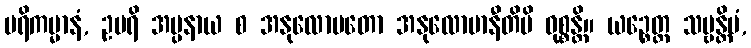
ပရိကမ္မာနံ, ဥပရိ အပ္ပနာယ စ အနုလောမတော အနုလောမာနီတိပိ ဝုစ္စန္တိ။ ယဉ္စေတ္ထ သဗ္ဗန္တိမံ,